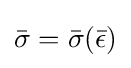
{\bar {\sigma }}={\bar {\sigma }}({\bar {\epsilon }})